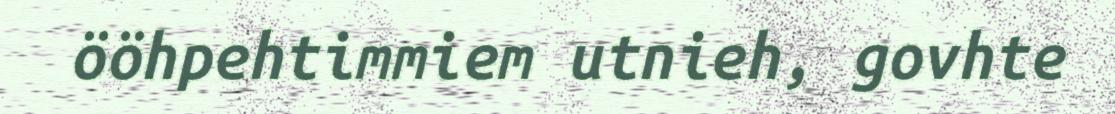
ööhpehtimmiem utnieh, govhte